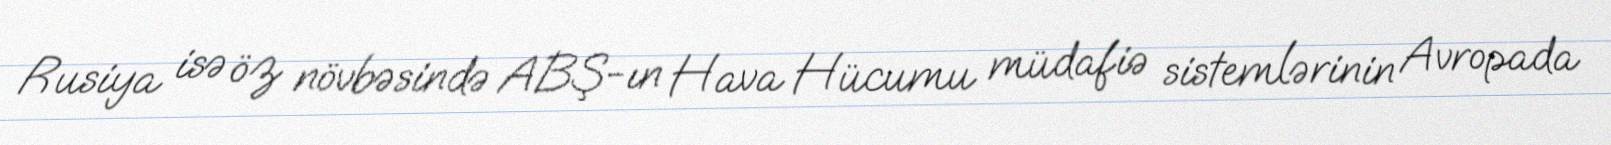
Rusiya isə öz növbəsində ABŞ-ın Hava Hücumu müdafiə sistemlərinin Avropada